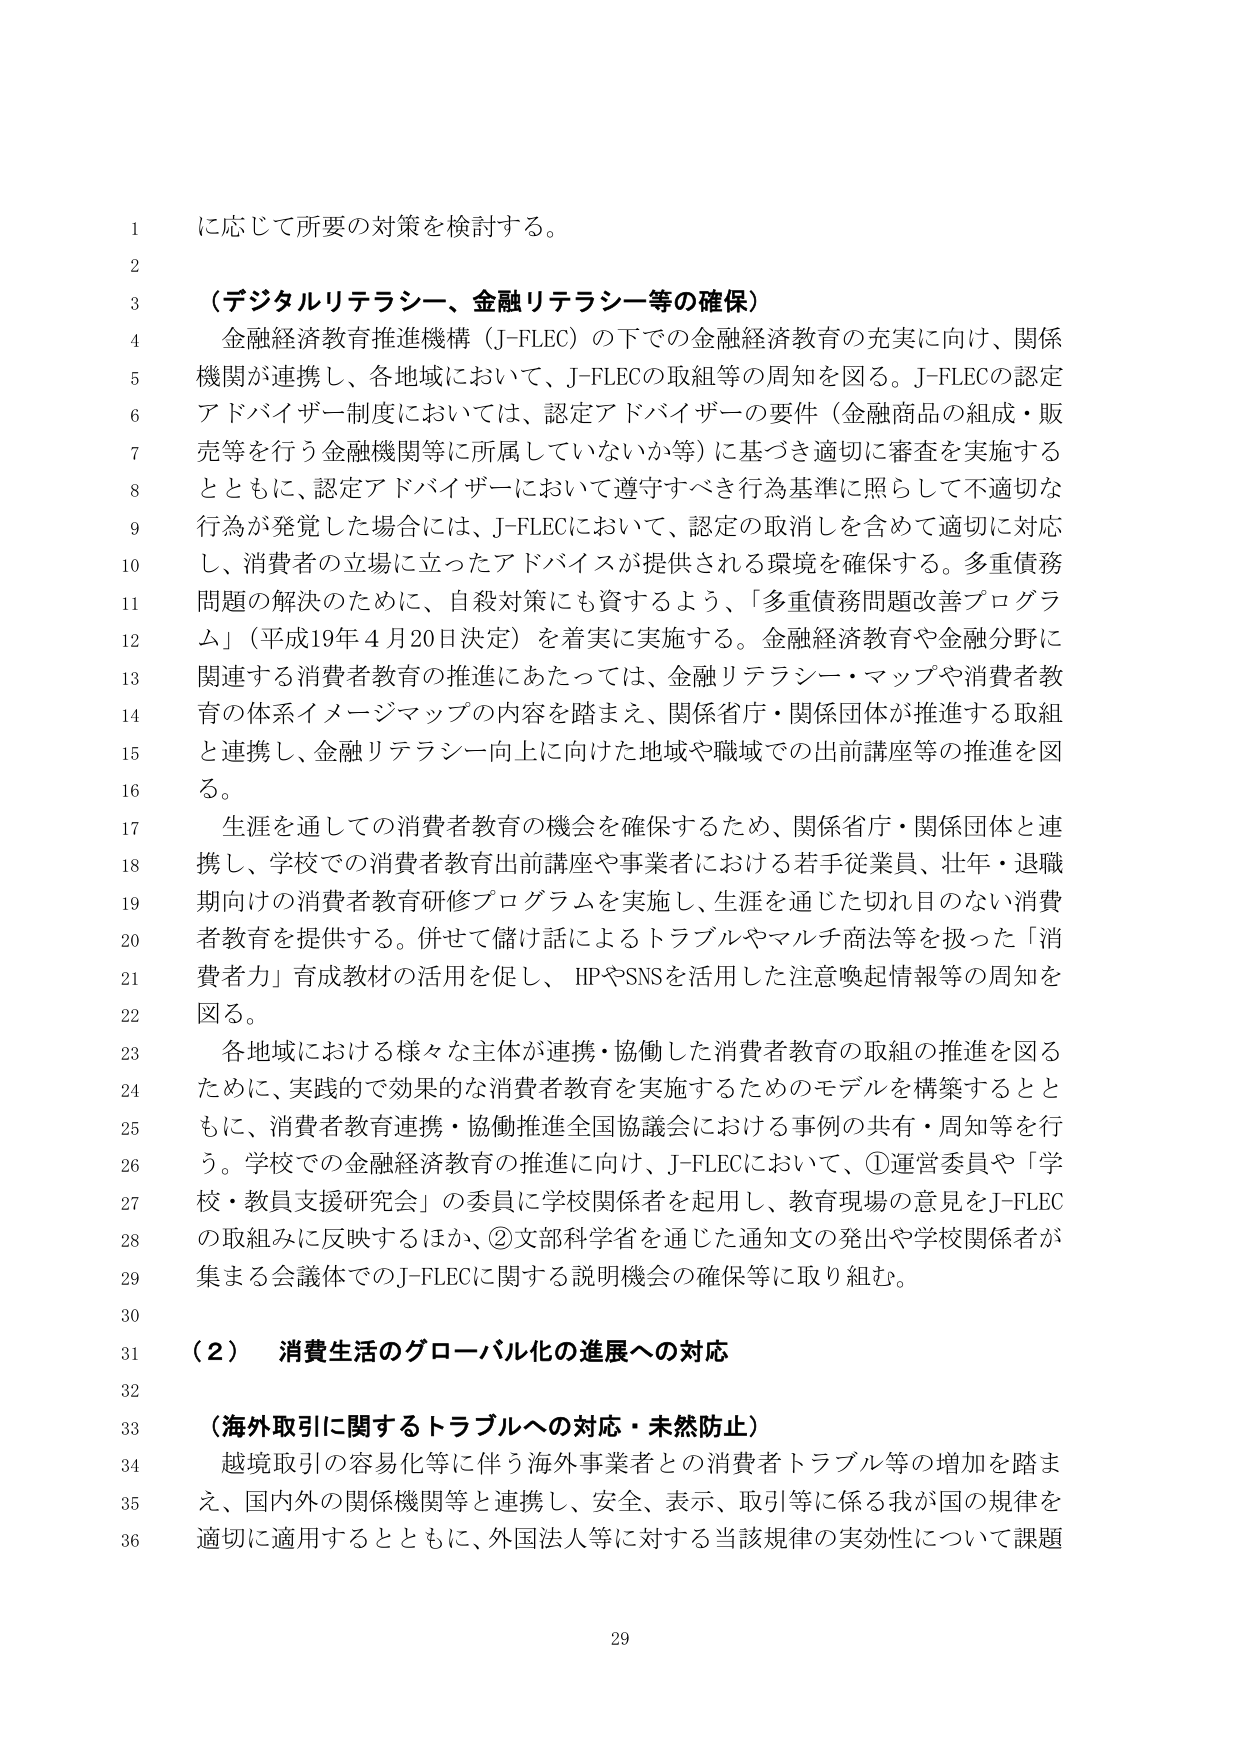
に応じて所要の対策を検討する。

（デジタルリテラシー、金融リテラシー等の確保）
金融経済教育推進機構（J-FLEC）の下での金融経済教育の充実に向け、関係
機関が連携し、各地域において、J-FLECの取組等の周知を図る。J-FLECの認定
アドバイザー制度においては、認定アドバイザーの要件（金融商品の組成・販
売等を行う金融機関等に所属していないか等）に基づき適切に審査を実施する
とともに、認定アドバイザーにおいて遵守すべき行為基準に照らして不適切な
行為が発覚した場合には、J-FLECにおいて、認定の取消しを含めて適切に対応
し、消費者の立場に立ったアドバイスが提供される環境を確保する。多重債務
問題の解決のために、自殺対策にも資するよう、「多重債務問題改善プログラ
ム」（平成19年4月20日決定）を着実に実施する。金融経済教育や金融分野に
関連する消費者教育の推進にあたっては、金融リテラシー・マップや消費者教
育の体系イメージマップの内容を踏まえ、関係省庁・関係団体が推進する取組
と連携し、金融リテラシー向上に向けた地域や職域での出前講座等の推進を図
る。
生涯を通じての消費者教育の機会を確保するため、関係省庁・関係団体と連
携し、学校での消費者教育出前講座や事業者における若手従業員、壮年・退職
期向けの消費者教育研修プログラムを実施し、生涯を通じた切れ目のない消費
者教育を提供する。併せて儲け話によるトラブルやマルチ商法等を扱った「消
費者力」育成教材の活用を促し、HPやSNSを活用した注意喚起情報等の周知を
図る。
各地域における様々な主体が連携・協働した消費者教育の取組の推進を図る
ために、実践的で効果的な消費者教育を実施するためのモデルを構築するとと
もに、消費者教育連携・協働推進全国協議会における事例の共有・周知等を行
う。学校での金融経済教育の推進に向け、J-FLECにおいて、①運営委員や「学
校・教員支援研究会」の委員に学校関係者を起用し、教育現場の意見をJ-FLEC
の取組みに反映するほか、②文部科学省を通じた通知文の発出や学校関係者が
集まる会議体でのJ-FLECに関する説明機会の確保等に取り組む。

（２） 消費生活のグローバル化の進展への対応

（海外取引に関するトラブルへの対応・未然防止）
越境取引の容易化等に伴う海外事業者との消費者トラブル等の増加を踏ま
え、国内外の関係機関等と連携し、安全、表示、取引等に係る我が国の規律を
適切に適用するとともに、外国法人等に対する当該規律の実効性について課題

29